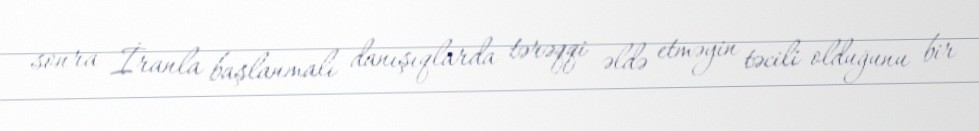
sonra İranla başlanmalı danışıqlarda tərəqqi əldə etməyin təcili olduğunu bir